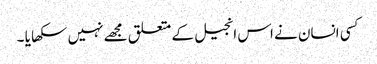
کسی انسان نے اس انجیل کے متعلق مجھے نہیں سکھا یا ۔